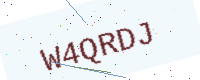
Text: W4QRDJ